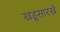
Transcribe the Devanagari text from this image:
खडूसारखे